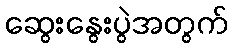
ဆွေးနွေးပွဲအတွက်